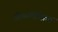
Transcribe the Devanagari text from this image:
ग्रीष्मनिष्क्रिय